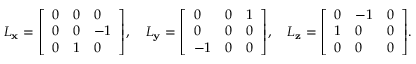
L _ { \mathbf { x } } = { \left[ \begin{array} { l l l } { 0 } & { 0 } & { 0 } \\ { 0 } & { 0 } & { - 1 } \\ { 0 } & { 1 } & { 0 } \end{array} \right] } , \quad L _ { \mathbf { y } } = { \left[ \begin{array} { l l l } { 0 } & { 0 } & { 1 } \\ { 0 } & { 0 } & { 0 } \\ { - 1 } & { 0 } & { 0 } \end{array} \right] } , \quad L _ { \mathbf { z } } = { \left[ \begin{array} { l l l } { 0 } & { - 1 } & { 0 } \\ { 1 } & { 0 } & { 0 } \\ { 0 } & { 0 } & { 0 } \end{array} \right] } .